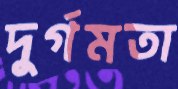
দুর্গমতা